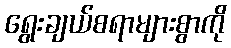
ရွေးချယ်စရာများစွာကို